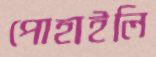
পোহাইলি